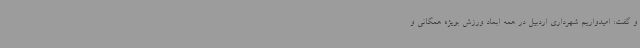
و گفت: امیدواریم شهرداری اردبیل در همه ابعاد ورزش بویژه همگانی و